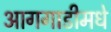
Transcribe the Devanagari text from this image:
आगगाडीमधे